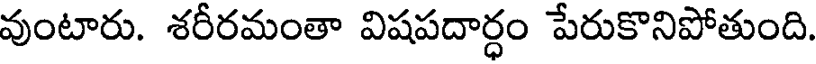
వుంటారు. శరీరమంతా విషపదార్ధం పేరుకొనిపోతుంది.